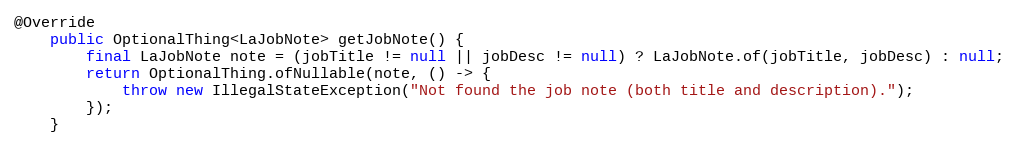
Language: Java
@Override
    public OptionalThing<LaJobNote> getJobNote() {
        final LaJobNote note = (jobTitle != null || jobDesc != null) ? LaJobNote.of(jobTitle, jobDesc) : null;
        return OptionalThing.ofNullable(note, () -> {
            throw new IllegalStateException("Not found the job note (both title and description).");
        });
    }